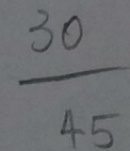
\frac { 3 0 } { 4 5 }